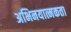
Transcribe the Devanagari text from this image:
अभिनयात्मकता